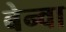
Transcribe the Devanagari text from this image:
बेन्वा